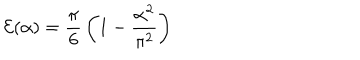
{ \cal E } ( \alpha ) = { \frac { \pi } { 6 } } \left( 1 - { \frac { \alpha ^ { 2 } } { \pi ^ { 2 } } } \right)